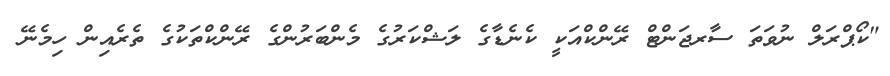
"ކޯޕްރަލް ނުވަތަ ސާރޖަންޓް ރޭންކްއަކީ ކެނެޑާގެ ލަޝްކަރުގެ މެންބަރުންގެ ރޭންކްތަކުގެ ތެރެއިން ހިމެނޭ